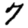
Digit: 7